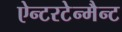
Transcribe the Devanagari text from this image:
ऐन्टरटेन्मैन्ट